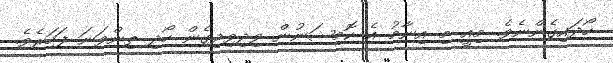
ހޯދައިގެންނެވެ. މިއީ މި އިނާމު އެ ކޮމިޝަނުން ވިދިވިދިގެން ހޯދި ތިންވަނަ ފަހަރެވެ.